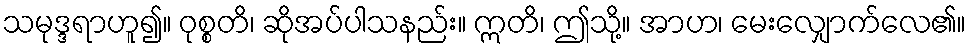
သမုဒ္ဒရာဟူ၍။ ဝုစ္စတိ၊ ဆိုအပ်ပါသနည်း။ ဣတိ၊ ဤသို့။ အာဟ၊ မေးလျှောက်လေ၏။